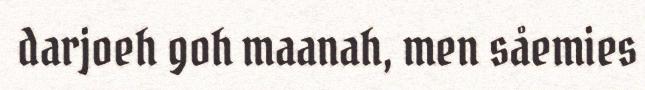
darjoeh goh maanah, men såemies